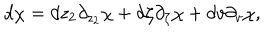
d \chi = d z _ { 2 } \partial _ { z _ { 2 } } \chi + d \zeta \partial _ { \zeta } \chi + d v \partial _ { v } \chi ,